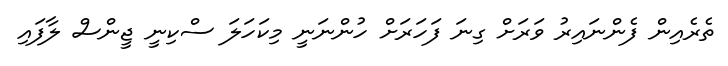
ތެރެއިން ފެންނައިރު ވަރަށް ގިނަ ފަހަރަށް ހުންނަނީ މިކަހަލަ ސްކިނީ ޖީންސް ލާފައި